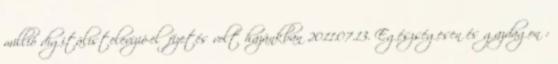
millió digitálistelevízió-előfizetés volt hazánkban 2011.07.13. Egészségesen és gazdagon :